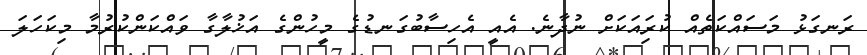
ރަނގަޅު މަސައްކަތެއް ކުރަިއަކަށް ނުދާނެ. އެއީ އެހިސާބުގަނޑުގެ މީހުންގެ އަޚުލާގާ ވައްކަންކުރުމާ މިކަހަލަ